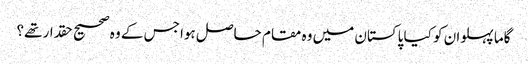
گاما پہلوان کو کیا پاکستان میں وہ مقام حاصل ہوا جس کے وہ صحیح حقدار تھے؟